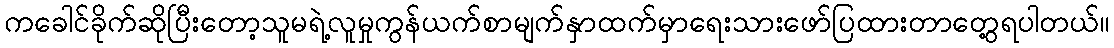
ကခေါင်ခိုက်ဆိုပြီးတော့သူမရဲ့လူမှုကွန်ယက်စာမျက်နှာထက်မှာရေးသားဖော်ပြထားတာတွေ့ရပါတယ်။